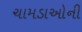
ચામડાઓની